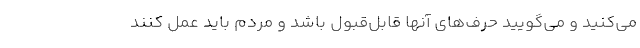
می‌کنید و می‌گویید حرف‌های آنها قابل‌قبول باشد و مردم باید عمل کنند